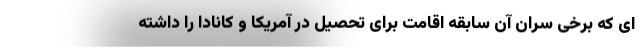
اى كه برخى سران آن سابقه اقامت براى تحصيل در آمريكا و كانادا را داشته